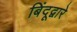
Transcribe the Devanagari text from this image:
बिंदूद्वारे